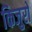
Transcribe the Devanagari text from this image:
किजुरो